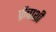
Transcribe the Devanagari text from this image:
फ्रेंचाशी